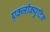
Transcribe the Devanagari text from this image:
एक्जीक्युटिव